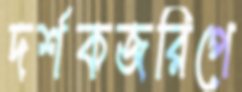
দর্শকজরিপে